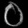
Digit: ၀